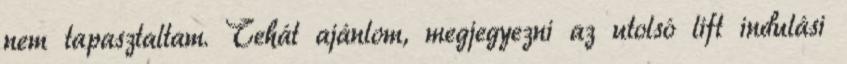
nem tapasztaltam. Tehát ajánlom, megjegyezni az utolsó lift indulási